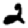
Digit: 2